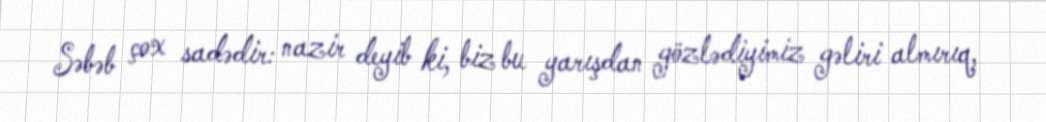
Səbəb çox sadədir: nazir deyib ki, biz bu yarışdan gözlədiyimiz gəliri almırıq,